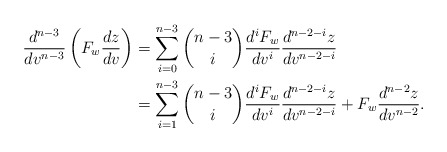
\begin{align*} \frac{d^{n-3}}{dv^{n-3}}\left(F_w\frac{dz}{dv}\right)&=\sum_{i=0}^{n-3}\binom{n-3}{i}\frac{d^iF_w}{dv^i}\frac{d^{n-2-i}z}{dv^{n-2-i}}\\&=\sum_{i=1}^{n-3}\binom{n-3}{i}\frac{d^iF_w}{dv^i}\frac{d^{n-2-i}z}{dv^{n-2-i}}+F_w\frac{d^{n-2}z}{dv^{n-2}}.\end{align*}